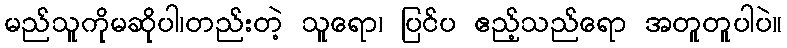
မည်သူကိုမဆိုပါ၊တည်းတဲ့ သူရော၊ ပြင်ပ ဧည့်သည်ရော အတူတူပါပဲ။